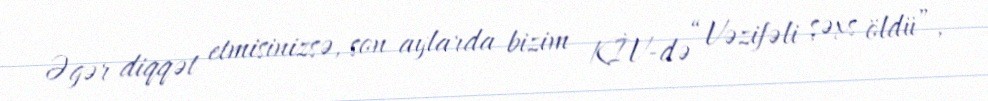
Əgər diqqət etmisinizsə, son aylarda bizim KİV-də “Vəzifəli şəxs öldü”,